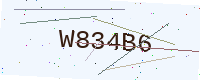
Text: W834B6